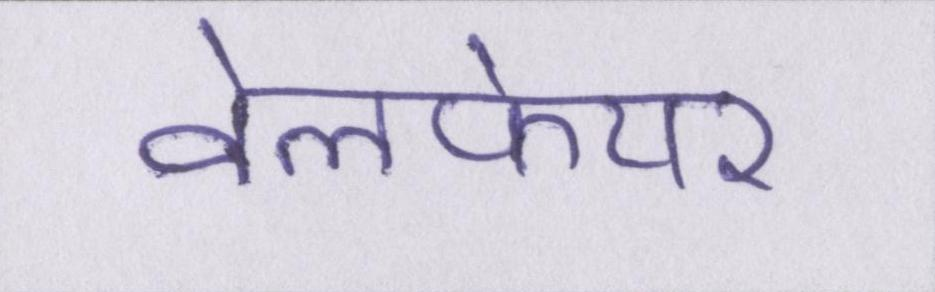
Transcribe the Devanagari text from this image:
वेलफेयर